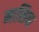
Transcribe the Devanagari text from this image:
मासिवा